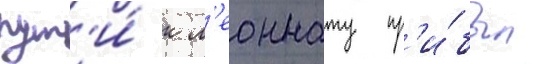
пут'и́ к л'еоннату пр'и́был